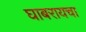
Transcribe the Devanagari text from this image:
घाबरायचा